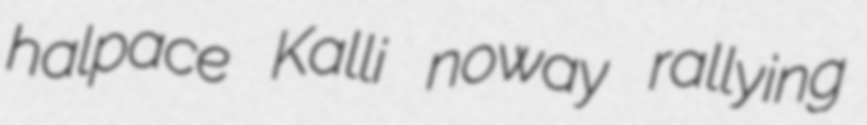
halpace Kalli noway rallying